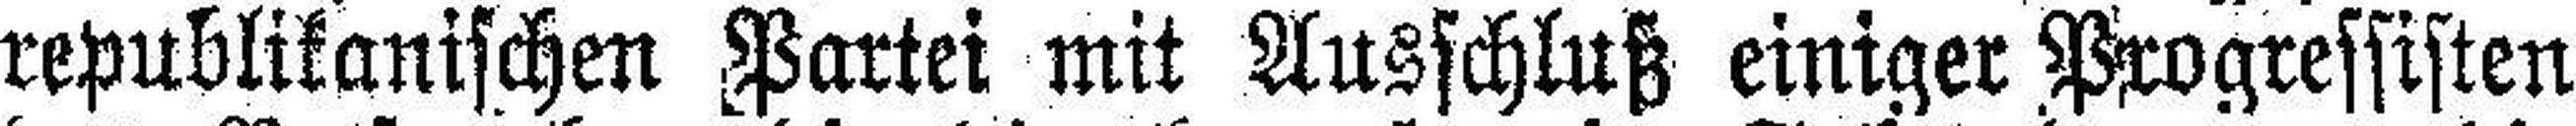
republikanischen Partei mit Ausschluß einiger Progressisten